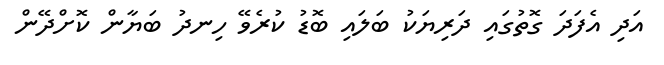
އަދި އެފަދަ ގޮތުގައި ދަރިޔަކު ބަލައި ބޮޑު ކުރެވޭ ހިނދު ބަޔާން ކޮށްދޭން